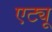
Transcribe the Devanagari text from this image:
एट्यू